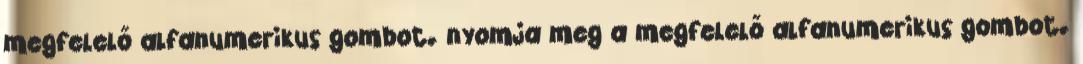
megfelelő alfanumerikus gombot. nyomja meg a megfelelő alfanumerikus gombot.